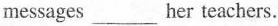
messages___her teachers.